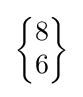
{\begin{Bmatrix}8\\6\end{Bmatrix}}